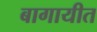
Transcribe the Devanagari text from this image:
बागायीत